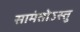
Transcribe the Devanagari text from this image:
सामंतोऽस्तु